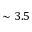
\sim 3 . 5